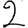
Digit: 2